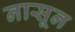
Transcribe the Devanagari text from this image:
नासून